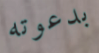
بدعوته